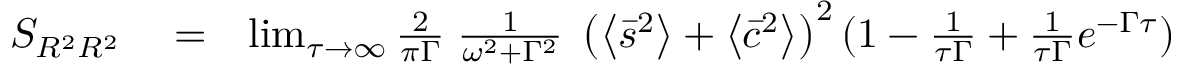
\begin{array} { r l r } { S _ { R ^ { 2 } R ^ { 2 } } } & { { } = } & { \operatorname* { l i m } _ { \tau \to \infty } \frac { 2 } { \pi \Gamma } \; \frac { 1 } { \omega ^ { 2 } + \Gamma ^ { 2 } } \; \left( \left\langle \bar { s } ^ { 2 } \right\rangle + \left\langle \bar { c } ^ { 2 } \right\rangle \right) ^ { 2 } ( 1 - \frac { 1 } { \tau \Gamma } + \frac { 1 } { \tau \Gamma } e ^ { - \Gamma \tau } ) } \end{array}